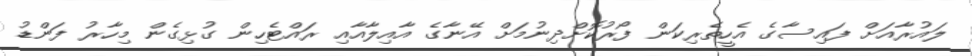
ލައުރާއަށް ފައިސާގެ އެހީތެރިކަން ފޯރުކޮށްދިނުމަށް އޭނާގެ އާއިލާއާއި ރައްޓެހިން ގުޅިގެން މިހާރު ފަންޑު